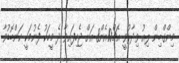
މިންގްބިން ލިއު ވިދާޅުވީ އެޗް10އެން8 އަށް ޖެހިފައިވާ ދެ މީހަކު ފެނުމަކީ ކަންބޮޑުވާ